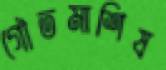
গৌতমাশিষ